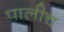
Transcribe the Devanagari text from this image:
पालीच